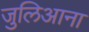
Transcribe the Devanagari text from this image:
जुलिआना